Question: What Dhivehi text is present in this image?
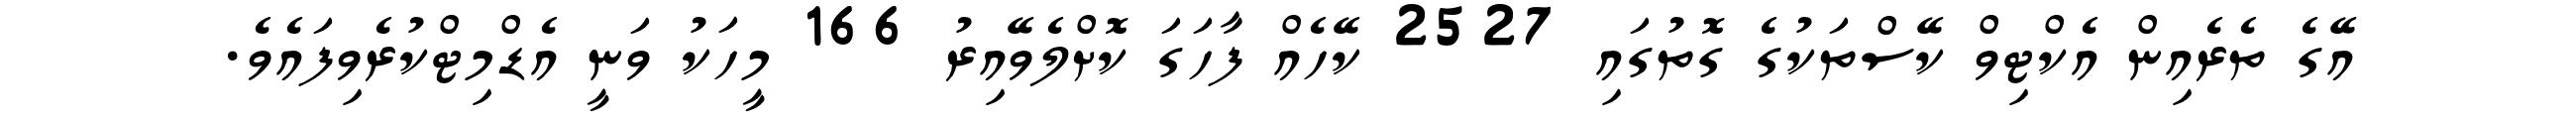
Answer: އޭގެ ތެރެއިން އެކްޓިވް ކޭސްތަކުގެ ގޮތުގައި 2527 ކޭހެއް ފާހަގަ ކޮށްލެވޭއިރު 166 މީހަކު ވަނީ އެޑްމިޓްކުރެވިފައެވެ.